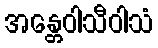
အန္တေဝါသီဝါသံ